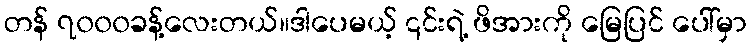
တန် ၇၀၀၀ခန့်လေးတယ်။ဒါပေမယ့် ၎င်းရဲ့ ဖိအားကို မြေပြင် ပေါ်မှာ